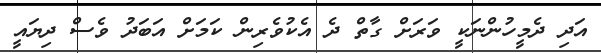
އަދި ދެމީހުންނަކީ ވަރަށް ގާތް ދެ އެކުވެރިން ކަމަށް އަބަދު ވެސް ދިޔައީ